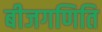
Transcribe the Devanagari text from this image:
बीजगणिति